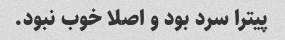
پیترا سرد بود و اصلا خوب نبود.